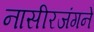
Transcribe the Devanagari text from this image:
नासीरजंगने